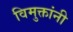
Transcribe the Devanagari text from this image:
विमुक्तांनी